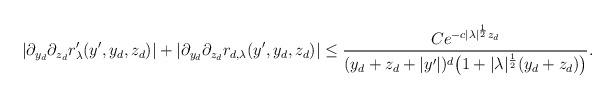
LaTeX: \begin{align*}& \left|\partial_{y_d }\partial_{z_d} r'_\lambda(y',y_d,z_d)\right|+\left|\partial_{y_d} \partial_{z_d} r_{d,\lambda}(y',y_d,z_d)\right| \leq \frac{C e^{-c |\lambda|^\frac12 z_d}}{(y_d + z_d +|y'|)^{d} \big ( 1+|\lambda|^\frac12 (y_d +z_d)\big )}.\end{align*}